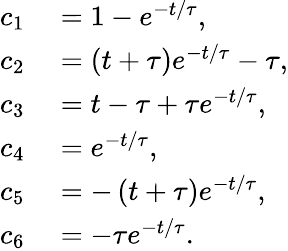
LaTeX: \begin{array}{rl}{c_{1}}&{{}=1-e^{-t/\tau},}\\ {c_{2}}&{{}=\left(t+\tau\right)e^{-t/\tau}-\tau,}\\ {c_{3}}&{{}=t-\tau+\tau e^{-t/\tau},}\\ {c_{4}}&{{}=e^{-t/\tau},}\\ {c_{5}}&{{}=-\left(t+\tau\right)e^{-t/\tau},}\\ {c_{6}}&{{}=-\tau e^{-t/\tau}.}\end{array}